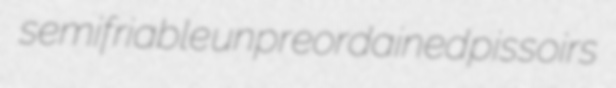
semifriable unpreordained pissoirs